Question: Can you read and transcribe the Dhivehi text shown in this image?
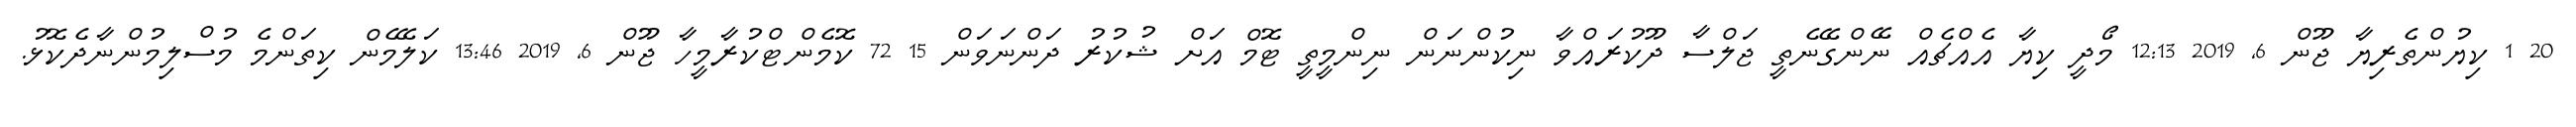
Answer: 20 1 ކިޔުންތެރިޔާ ޖޫން 6, 2019 12:13 މޯދީ ކިޔާ އެއްޗެއް ނޭންގޭނެތީ ޖަލްސާ ދޫކުރައްވާ ނިކުންނަން ނިންމީތީ ޓޮމް އަށް ޝުކުރު ދަންނަވަން 15 72 ކޮމެންޓްކުރާމީހާ ޖޫން 6, 2019 13:46 ކަލޭމެން ކިތަންމެ މުސްލިމުންނާދެކޮޅު.